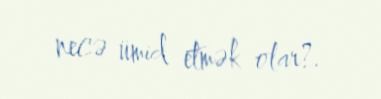
necə ümid etmək olar?.